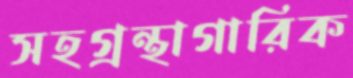
সহগ্রন্থাগারিক